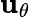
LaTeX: \mathbf{u}_{\theta}